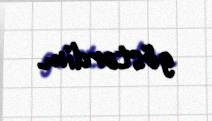
göstərdim.